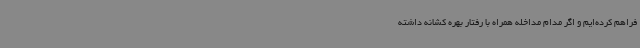
فراهم کرده‌ایم و اگر مدام مداخله همراه با رفتار بهره کشانه داشته